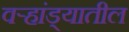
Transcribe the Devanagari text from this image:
वर्‍हांड्यातील